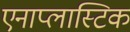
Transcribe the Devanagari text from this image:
एनाप्लास्टिक